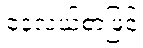
နေ့လယ်စာဖြင့်